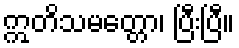
ဣတိသမတ္တော၊ ပြီးပြီ။